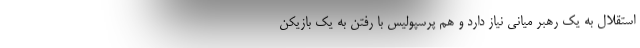
استقلال به یک رهبر میانی نیاز دارد و هم پرسپولیس با رفتن به یک بازیکن